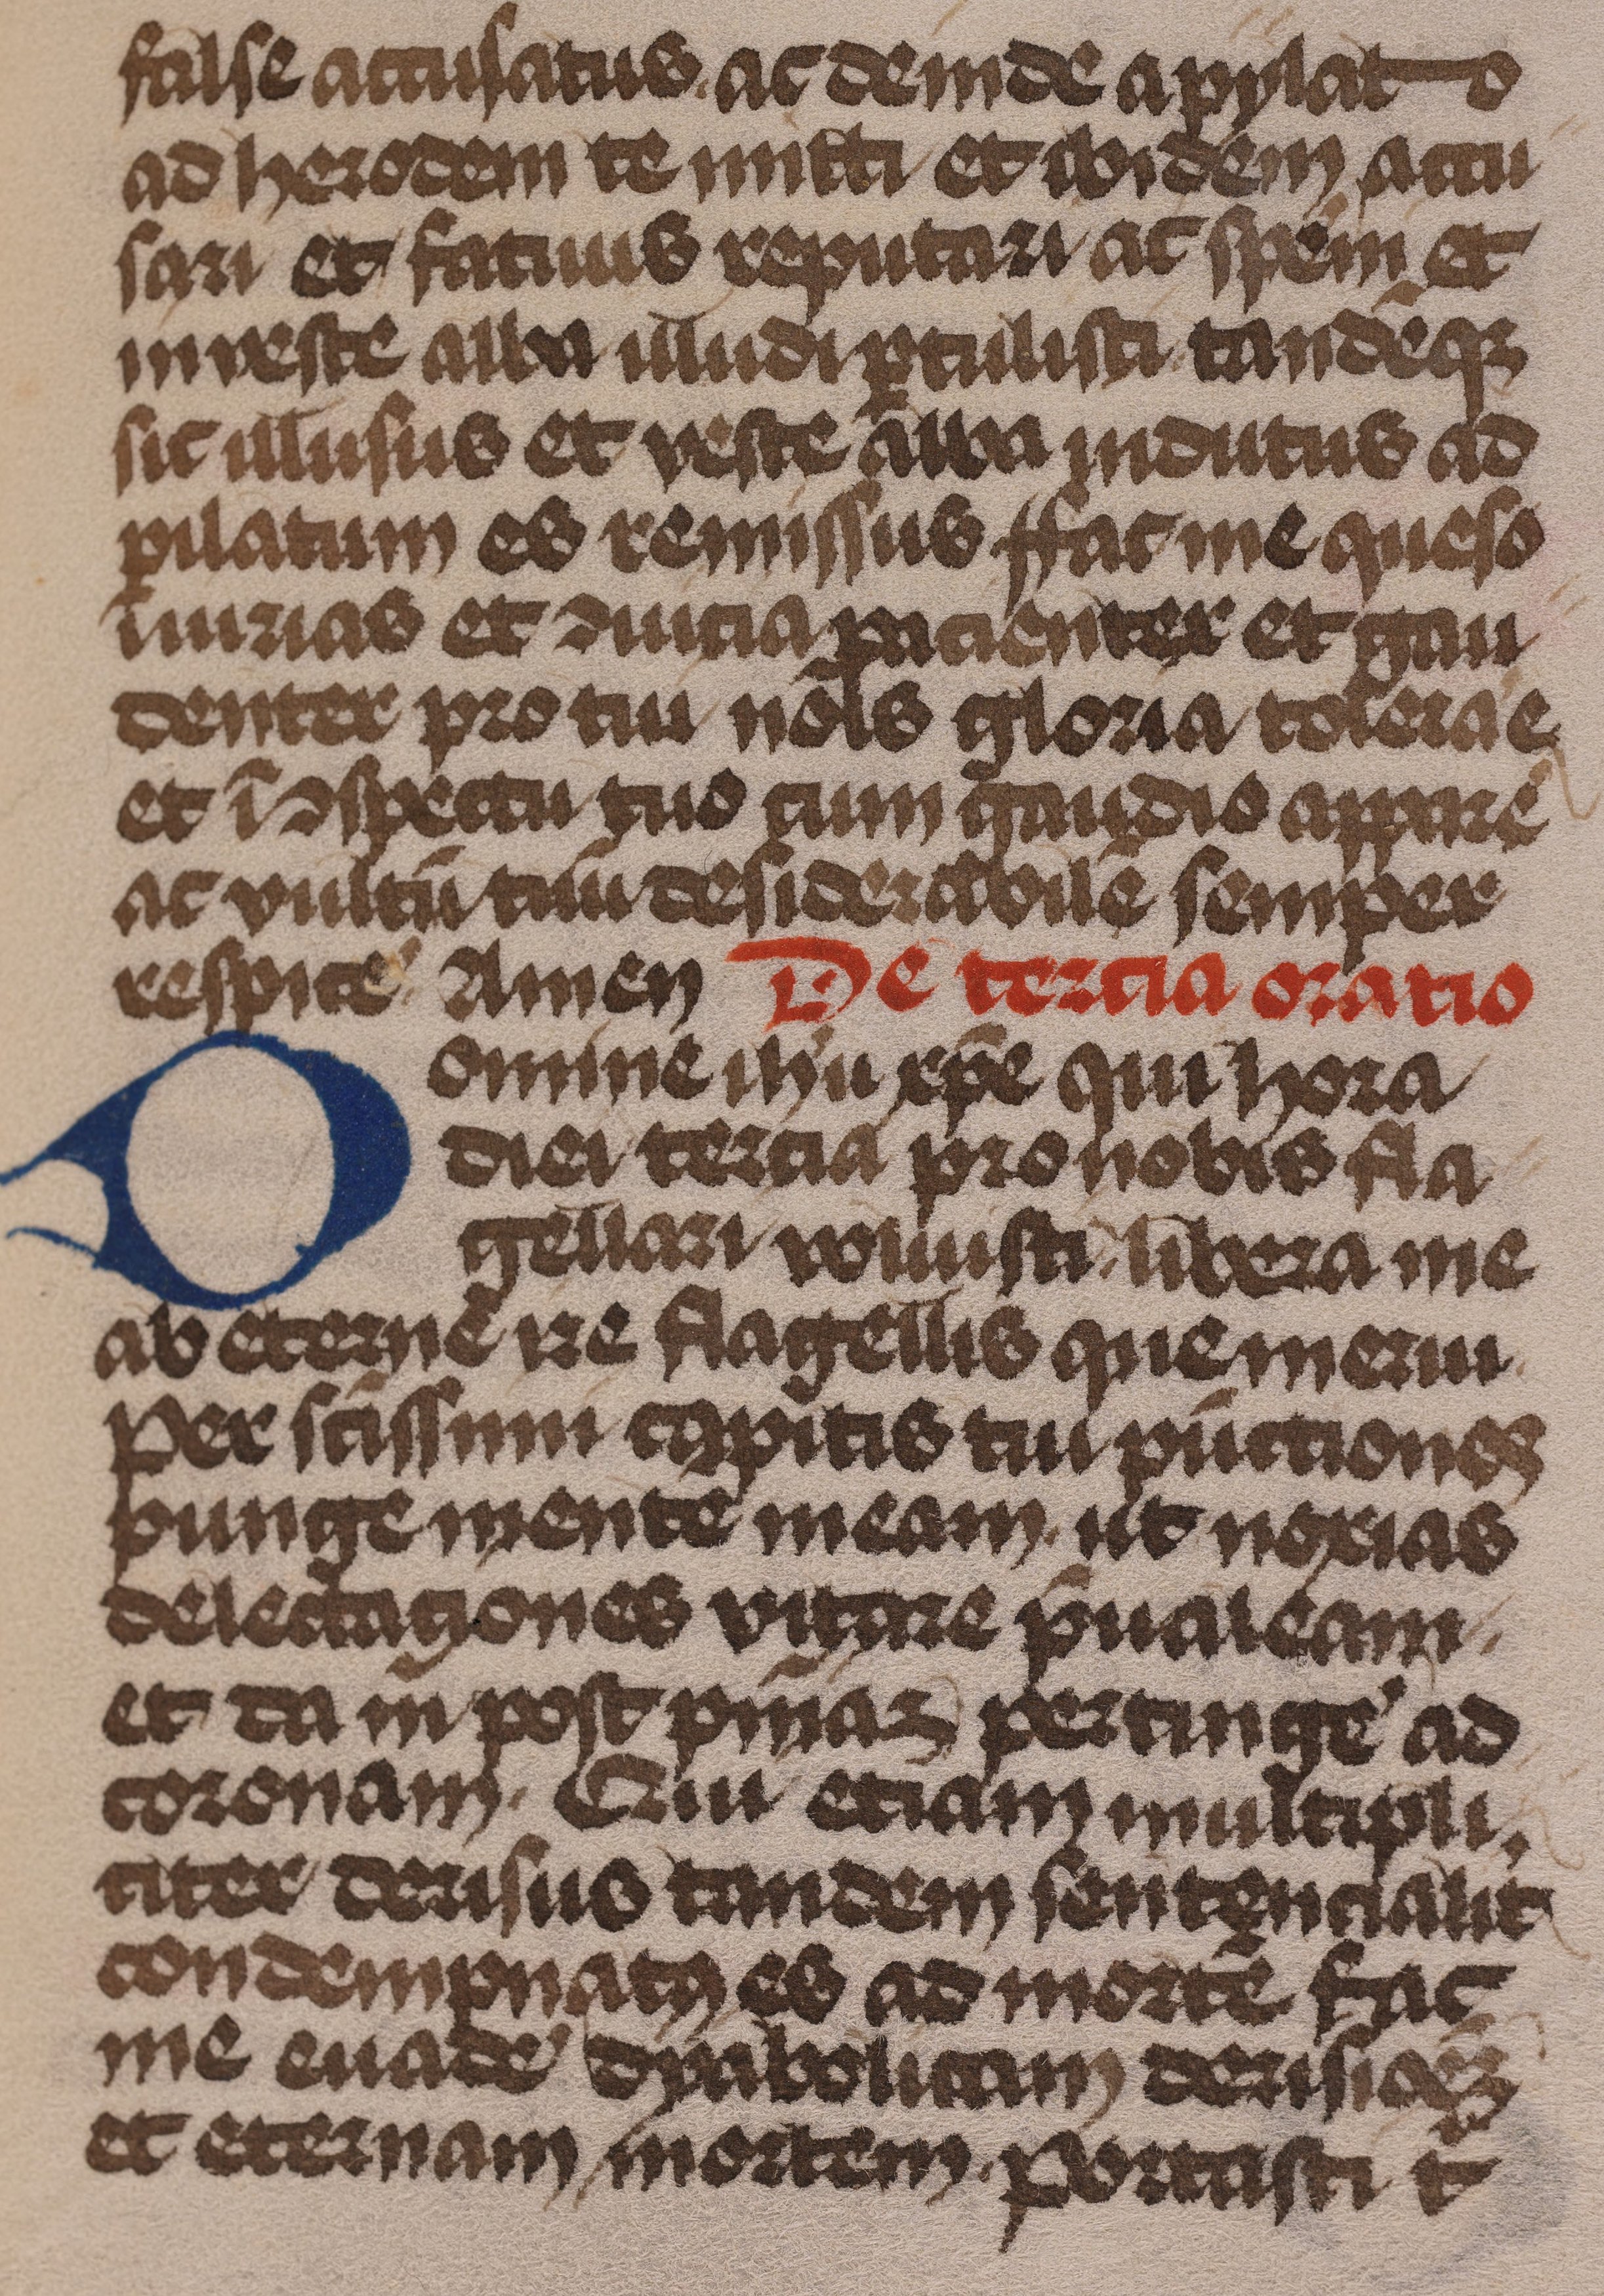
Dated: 1485–1515